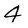
Character: 4